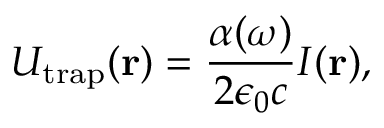
U _ { \mathrm { t r a p } } ( \mathbf { r } ) = \frac { \alpha ( \omega ) } { 2 \epsilon _ { 0 } c } I ( \mathbf { r } ) ,